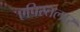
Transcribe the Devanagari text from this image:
एपिस्तलार